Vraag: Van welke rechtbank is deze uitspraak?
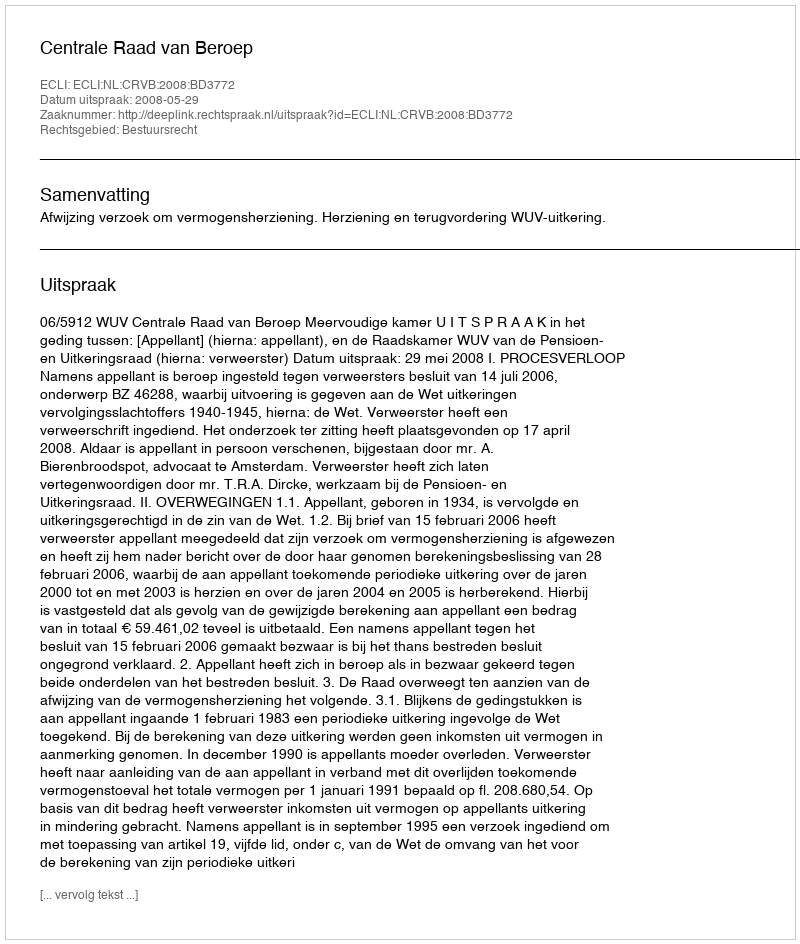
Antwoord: Centrale Raad van Beroep